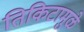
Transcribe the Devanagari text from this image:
तिकिटामुळे